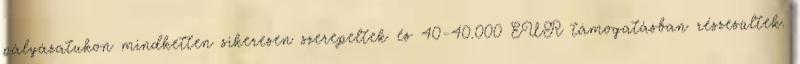
pályázatukon mindketten sikeresen szerepeltek és 40-40.000 EUR támogatásban részesültek.